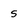
Character: s